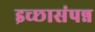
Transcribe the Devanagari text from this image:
इच्छासंपन्न